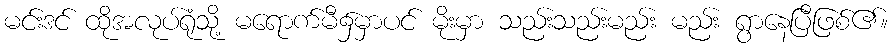
မင်းဒင် ထိုအလုပ်ရုံသို့ မရောက်မီ၌မှာပင် မိုးမှာ သည်းသည်းမည်း မည်း ရွာနေပြီဖြစ်၏။